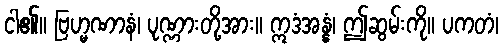
ငါ၏။ ဗြဟ္မဏာနံ၊ ပုဏ္ဏားတို့အား။ ဣဒံအန္နံ၊ ဤဆွမ်းကို။ ပကတံ၊